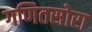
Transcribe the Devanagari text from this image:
गणितसोरा